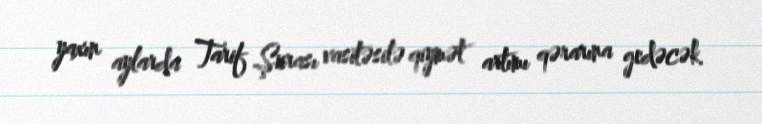
yaxın aylarda Tarif Şurası vasitəsilə qiymət artımı qərarına gedəcək.